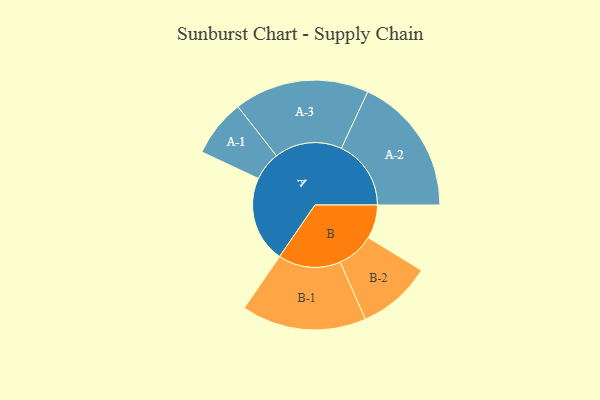
{"axis": {"x": "Segment", "y": "Value"}, "legend": ["", "A", "B"], "data": [{"x": "A", "y": 358, "type": ""}, {"x": "B", "y": 140, "type": ""}, {"x": "A-1", "y": 119, "type": "A"}, {"x": "A-2", "y": 289, "type": "A"}, {"x": "A-3", "y": 280, "type": "A"}, {"x": "B-1", "y": 259, "type": "B"}, {"x": "B-2", "y": 154, "type": "B"}]}